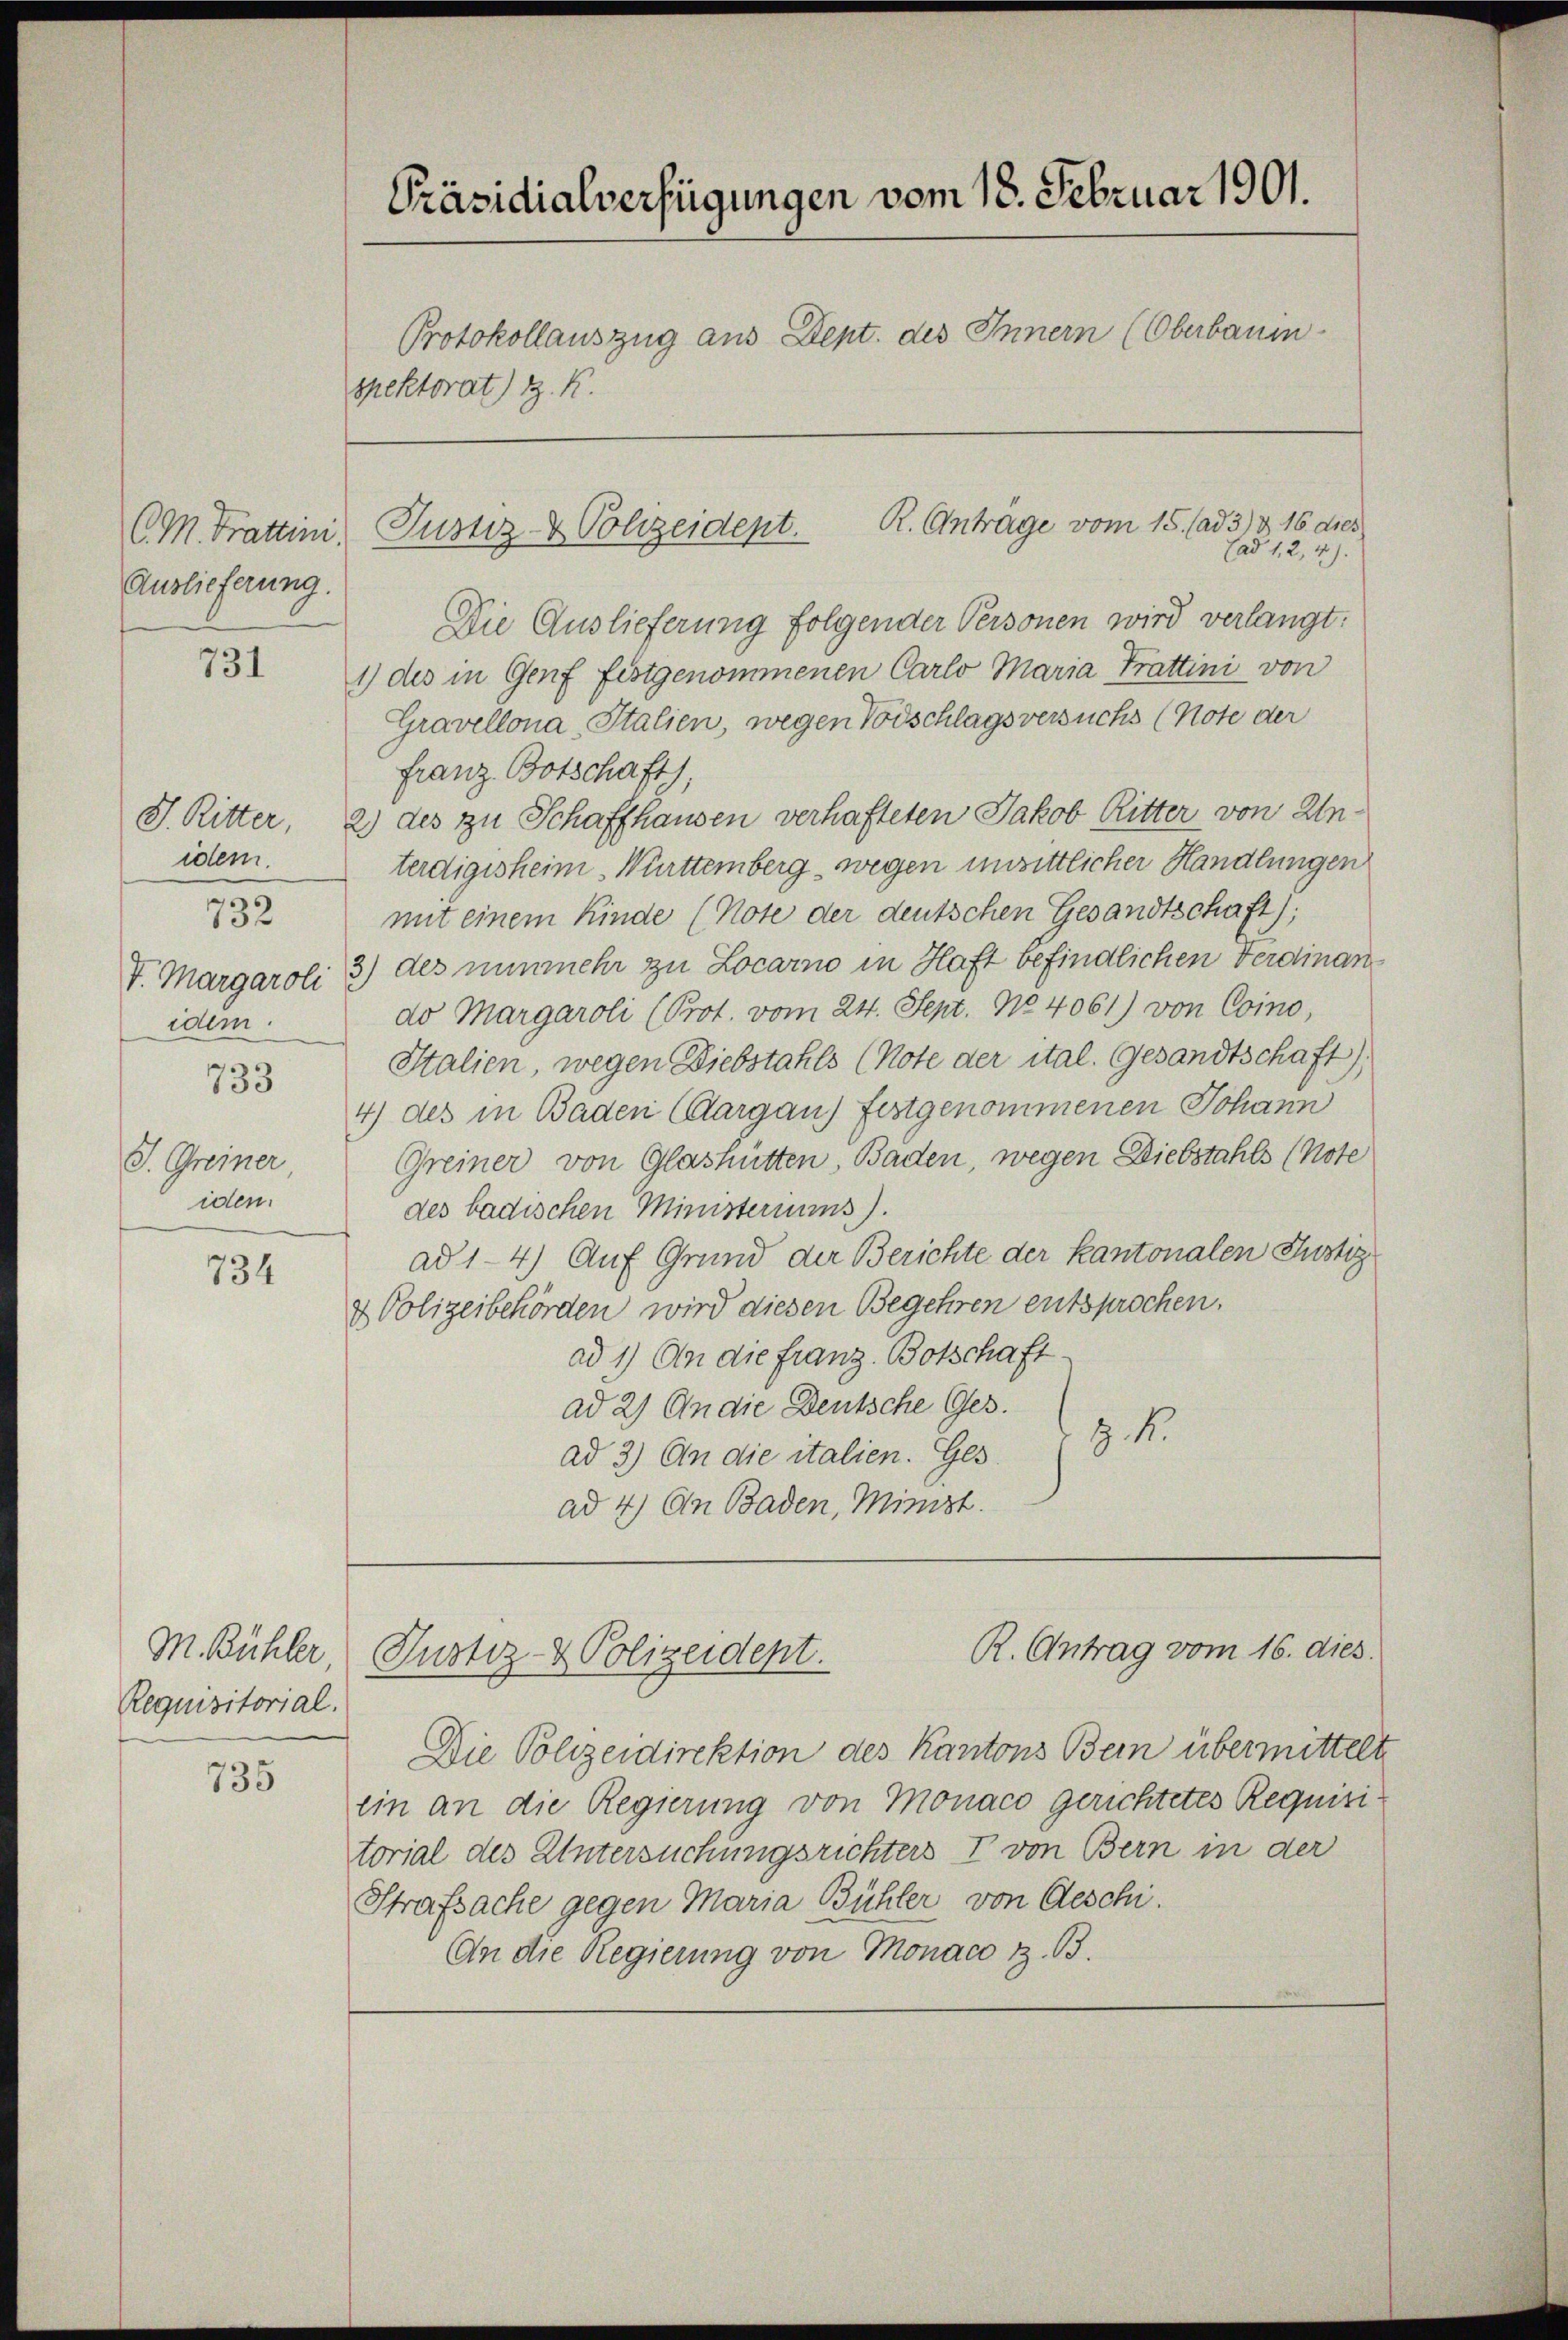
Auslieferung.

731

J. Ritter,
idem.
732
V. Margaroli
idem
733
J. Greiner
iden.

734

M. Bühler,
Requisitorial.

735

Präsidialverfügungen vom 18. Februar 1901.
Protokollauszug aus Dept. des Innern (Oberbauin
spektorat) S. K.
R. Anträge vom 15. (ad 3. & 16. dies
CM. Trattini, Justiz- & Polizeident.

(ad 1, 2, 4).

Die Auslieferung folgender Personen wird verlangt.
1) des in Genf festgenommenen Carlo Maria Trattini von
Gravellona, Italien, wegen Vorschlags versuchs (Note der
Franz Botschaft)
2) des zu Schaffhausen verhafteten Jakob Ritter von Un-
terdigisheim Württemberg wegen unsittlicher Handlungen
mit einem Kinde (Note der deutschen Gesandtschaft);
3) des nunmehr zu Locarno in Haft befindlichen Ferdinando Margaroli (Prot. vom 24. Sept. No. 4061) von Coino,
Italien, wegen Diebstahls (Note der ital. Gesandtschaft)
4) des in Baden (Aargau) festgenommenen Johann
Greiner von Glashütten, Baden, wegen Diebstahls (Note
des badischen Ministeriums).
ad 1-4) Auf Grund der Berichte der Kantonalen Justiz
& Polizeibehörden wird diesen Begehren entsprochen.
ad 1) An die Franz Botschaft.
ad 2) An die Deutsche Ges.
Z. M.
ad 2.) An die italien. Ges.
ad 4) An Baden, Minist.

R. Antrag vom 16. dies
Justiz- & Polizeident.

Die Polizeidirektion des Kantons Bein übermittelt
ein an die Regierung von Monaco gerichtetes Requisi
torial des Untersuchungsrichters I von Bern in der
Strafsache gegen Maria Bühler von Geschi.
An die Regierung von Monaco z. B.